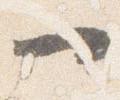
一